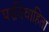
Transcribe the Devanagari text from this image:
परविवाहिता